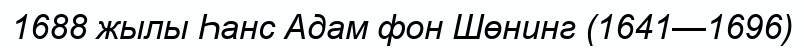
1688 жылы Һанс Адам фон Шөнинг (1641—1696)